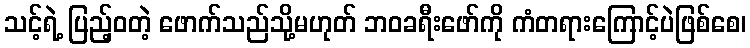
သင့်ရဲ့ ပြည့်ဝတဲ့ ဖောက်သည်သို့မဟုတ် ဘဝခရီးဖော်ကို ကံတရားကြောင့်ပဲဖြစ်စေ၊